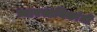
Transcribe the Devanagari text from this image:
व्यावसायिकांनी